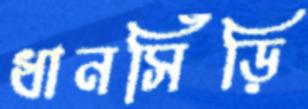
ধানসিঁড়ি